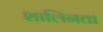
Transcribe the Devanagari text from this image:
शालिनता